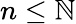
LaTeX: n\leq\mathbb{N}